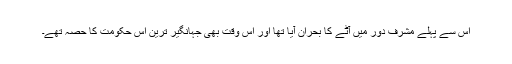
اس سے پہلے مشرف دور میں آٹے کا بحران آیا تھا اور اس وقت بھی جہانگیر ترین اُس حکومت کا حصہ تھے۔